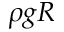
\rho g R